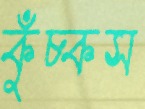
কুঁচ্‌কস